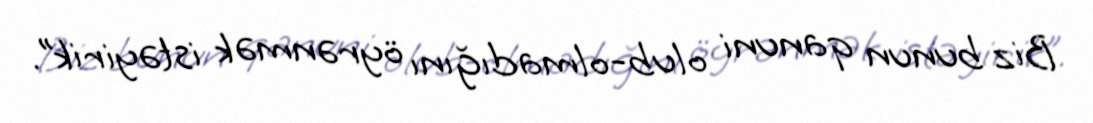
Biz bunun qanuni olub-olmadığını öyrənmək istəyirik”.